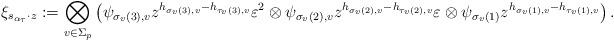
LaTeX: \begin{align*}\xi_{s_{\alpha_\tau}\cdot z} := \bigotimes_{v \in \Sigma_p} \left(\psi_{\sigma_v(3),v}z^{h_{\sigma_v(3),v}-h_{\tau_v(3),v}}\varepsilon^2 \otimes \psi_{\sigma_v(2),v}z^{h_{\sigma_v(2),v}-h_{\tau_v(2),v}}\varepsilon \otimes \psi_{\sigma_v(1)}z^{h_{\sigma_v(1),v}-h_{\tau_v(1),v}}\right).\end{align*}